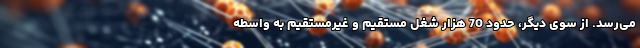
می‌رسد. از سوی دیگر، حدود 70 هزار شغل مستقیم و غیرمستقیم به واسطه